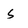
Character: S